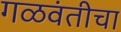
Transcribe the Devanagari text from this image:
गळवंतीचा